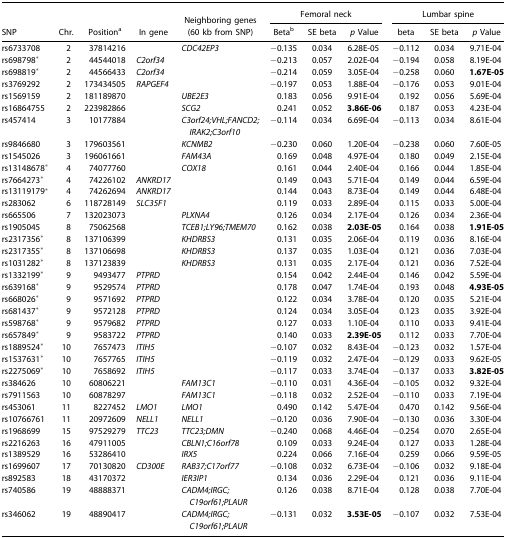
<table><thead><tr><td></td><td></td><td></td><td></td><td></td><td colspan="3"><b>Femoral neck</b></td><td colspan="3"><b>Lumbar spine</b></td></tr><tr><td><b>SNP</b></td><td><b>Chr.</b></td><td><b>Positiona</b></td><td><b>In gene</b></td><td><b>Neighboring genes (60 kb from SNP)</b></td><td><b>Betab</b></td><td><b>SE beta</b></td><td><b><i>p</i> Value</b></td><td><b>beta</b></td><td><b>SE beta</b></td><td><b><i>p</i> Value</b></td></tr></thead><tbody><tr><td>rs6733708</td><td>2</td><td>37814216</td><td></td><td><i>CDC42EP3</i></td><td>−0.135</td><td>0.034</td><td>6.28E-05</td><td>−0.112</td><td>0.034</td><td>9.71E-04</td></tr><tr><td>rs698798*</td><td>2</td><td>44544018</td><td><i>C2orf34</i></td><td></td><td>−0.213</td><td>0.057</td><td>2.02E-04</td><td>−0.194</td><td>0.058</td><td>8.19E-04</td></tr><tr><td>rs698819*</td><td>2</td><td>44566433</td><td><i>C2orf34</i></td><td></td><td>−0.214</td><td>0.059</td><td>3.05E-04</td><td>−0.258</td><td>0.060</td><td><b>1.67E-05</b></td></tr><tr><td>rs3769292</td><td>2</td><td>173434505</td><td><i>RAPGEF4</i></td><td></td><td>−0.197</td><td>0.053</td><td>1.88E-04</td><td>−0.176</td><td>0.053</td><td>9.01E-04</td></tr><tr><td>rs1569159</td><td>2</td><td>181189870</td><td></td><td><i>UBE2E3</i></td><td>0.183</td><td>0.056</td><td>9.91E-04</td><td>0.192</td><td>0.056</td><td>5.69E-04</td></tr><tr><td>rs16864755</td><td>2</td><td>223982866</td><td></td><td><i>SCG2</i></td><td>0.241</td><td>0.052</td><td><b>3.86E-06</b></td><td>0.187</td><td>0.053</td><td>4.23E-04</td></tr><tr><td>rs457414</td><td>3</td><td>10177884</td><td></td><td><i>C3orf24;VHL;FANCD2;IRAK2;C3orf10</i></td><td>−0.114</td><td>0.034</td><td>6.69E-04</td><td>−0.113</td><td>0.034</td><td>8.61E-04</td></tr><tr><td>rs9846680</td><td>3</td><td>179603561</td><td></td><td><i>KCNMB2</i></td><td>−0.230</td><td>0.060</td><td>1.20E-04</td><td>−0.238</td><td>0.060</td><td>7.60E-05</td></tr><tr><td>rs1545026</td><td>3</td><td>196061661</td><td></td><td><i>FAM43A</i></td><td>0.169</td><td>0.048</td><td>4.97E-04</td><td>0.180</td><td>0.049</td><td>2.15E-04</td></tr><tr><td>rs13148678*</td><td>4</td><td>74077760</td><td></td><td><i>COX18</i></td><td>0.161</td><td>0.044</td><td>2.40E-04</td><td>0.166</td><td>0.044</td><td>1.85E-04</td></tr><tr><td>rs7664273*</td><td>4</td><td>74226102</td><td><i>ANKRD17</i></td><td></td><td>0.149</td><td>0.043</td><td>5.71E-04</td><td>0.149</td><td>0.044</td><td>6.59E-04</td></tr><tr><td>rs13119179*</td><td>4</td><td>74262694</td><td><i>ANKRD17</i></td><td></td><td>0.144</td><td>0.043</td><td>8.73E-04</td><td>0.149</td><td>0.044</td><td>6.48E-04</td></tr><tr><td>rs283062</td><td>6</td><td>118728149</td><td><i>SLC35F1</i></td><td></td><td>0.119</td><td>0.033</td><td>2.89E-04</td><td>0.115</td><td>0.033</td><td>5.00E-04</td></tr><tr><td>rs665506</td><td>7</td><td>132023073</td><td></td><td><i>PLXNA4</i></td><td>0.126</td><td>0.034</td><td>2.17E-04</td><td>0.126</td><td>0.034</td><td>2.36E-04</td></tr><tr><td>rs1905045</td><td>8</td><td>75062568</td><td></td><td><i>TCEB1;LY96;TMEM70</i></td><td>0.162</td><td>0.038</td><td><b>2.03E-05</b></td><td>0.164</td><td>0.038</td><td><b>1.91E-05</b></td></tr><tr><td>rs2317356*</td><td>8</td><td>137106399</td><td></td><td><i>KHDRBS3</i></td><td>0.131</td><td>0.035</td><td>2.06E-04</td><td>0.119</td><td>0.036</td><td>8.16E-04</td></tr><tr><td>rs2317355*</td><td>8</td><td>137106698</td><td></td><td><i>KHDRBS3</i></td><td>0.137</td><td>0.035</td><td>1.03E-04</td><td>0.121</td><td>0.036</td><td>7.03E-04</td></tr><tr><td>rs1031282*</td><td>8</td><td>137123839</td><td></td><td><i>KHDRBS3</i></td><td>0.131</td><td>0.035</td><td>2.17E-04</td><td>0.121</td><td>0.036</td><td>7.52E-04</td></tr><tr><td>rs1332199*</td><td>9</td><td>9493477</td><td><i>PTPRD</i></td><td></td><td>0.154</td><td>0.042</td><td>2.44E-04</td><td>0.146</td><td>0.042</td><td>5.59E-04</td></tr><tr><td>rs639168*</td><td>9</td><td>9529574</td><td><i>PTPRD</i></td><td></td><td>0.178</td><td>0.047</td><td>1.74E-04</td><td>0.193</td><td>0.048</td><td><b>4.93E-05</b></td></tr><tr><td>rs668026*</td><td>9</td><td>9571692</td><td><i>PTPRD</i></td><td></td><td>0.122</td><td>0.034</td><td>3.78E-04</td><td>0.120</td><td>0.035</td><td>5.21E-04</td></tr><tr><td>rs681437*</td><td>9</td><td>9572128</td><td><i>PTPRD</i></td><td></td><td>0.124</td><td>0.034</td><td>3.05E-04</td><td>0.123</td><td>0.035</td><td>3.92E-04</td></tr><tr><td>rs598768*</td><td>9</td><td>9579682</td><td><i>PTPRD</i></td><td></td><td>0.127</td><td>0.033</td><td>1.10E-04</td><td>0.110</td><td>0.033</td><td>9.41E-04</td></tr><tr><td>rs657849*</td><td>9</td><td>9583722</td><td><i>PTPRD</i></td><td></td><td>0.140</td><td>0.033</td><td><b>2.39E-05</b></td><td>0.112</td><td>0.033</td><td>7.70E-04</td></tr><tr><td>rs1889524*</td><td>10</td><td>7657473</td><td><i>ITIH5</i></td><td></td><td>−0.107</td><td>0.032</td><td>8.43E-04</td><td>−0.123</td><td>0.032</td><td>1.57E-04</td></tr><tr><td>rs1537631*</td><td>10</td><td>7657765</td><td><i>ITIH5</i></td><td></td><td>−0.119</td><td>0.032</td><td>2.47E-04</td><td>−0.129</td><td>0.033</td><td>9.62E-05</td></tr><tr><td>rs2275069*</td><td>10</td><td>7658692</td><td><i>ITIH5</i></td><td></td><td>−0.117</td><td>0.033</td><td>3.74E-04</td><td>−0.137</td><td>0.033</td><td><b>3.82E-05</b></td></tr><tr><td>rs384626</td><td>10</td><td>60806221</td><td></td><td><i>FAM13C1</i></td><td>−0.110</td><td>0.031</td><td>4.36E-04</td><td>−0.105</td><td>0.032</td><td>9.32E-04</td></tr><tr><td>rs7911563</td><td>10</td><td>60878297</td><td></td><td><i>FAM13C1</i></td><td>−0.118</td><td>0.032</td><td>2.52E-04</td><td>−0.110</td><td>0.033</td><td>7.19E-04</td></tr><tr><td>rs453061</td><td>11</td><td>8227452</td><td><i>LMO1</i></td><td><i>LMO1</i></td><td>0.490</td><td>0.142</td><td>5.47E-04</td><td>0.470</td><td>0.142</td><td>9.56E-04</td></tr><tr><td>rs10766761</td><td>11</td><td>20972609</td><td><i>NELL1</i></td><td><i>NELL1</i></td><td>−0.120</td><td>0.036</td><td>7.90E-04</td><td>−0.130</td><td>0.036</td><td>3.30E-04</td></tr><tr><td>rs1968699</td><td>15</td><td>97529279</td><td><i>TTC23</i></td><td><i>TTC23;DMN</i></td><td>−0.240</td><td>0.068</td><td>4.46E-04</td><td>−0.254</td><td>0.070</td><td>2.65E-04</td></tr><tr><td>rs2216263</td><td>16</td><td>47911005</td><td></td><td><i>CBLN1;C16orf78</i></td><td>0.109</td><td>0.033</td><td>9.24E-04</td><td>0.127</td><td>0.033</td><td>1.28E-04</td></tr><tr><td>rs1389529</td><td>16</td><td>53286410</td><td></td><td><i>IRX5</i></td><td>0.224</td><td>0.066</td><td>7.16E-04</td><td>0.259</td><td>0.066</td><td>9.59E-05</td></tr><tr><td>rs1699607</td><td>17</td><td>70130820</td><td><i>CD300E</i></td><td><i>RAB37;C17orf77</i></td><td>−0.108</td><td>0.032</td><td>6.73E-04</td><td>−0.106</td><td>0.032</td><td>9.18E-04</td></tr><tr><td>rs892583</td><td>18</td><td>43170372</td><td></td><td><i>IER3IP1</i></td><td>0.134</td><td>0.036</td><td>2.29E-04</td><td>0.121</td><td>0.036</td><td>9.11E-04</td></tr><tr><td>rs740586</td><td>19</td><td>48888371</td><td></td><td><i>CADM4;IRGC;C19orf61;PLAUR</i></td><td>0.126</td><td>0.038</td><td>8.71E-04</td><td>0.128</td><td>0.038</td><td>7.70E-04</td></tr><tr><td>rs346062</td><td>19</td><td>48890417</td><td></td><td><i>CADM4;IRGC;C19orf61;PLAUR</i></td><td>−0.131</td><td>0.032</td><td><b>3.53E-05</b></td><td>−0.107</td><td>0.032</td><td>7.53E-04</td></tr></tbody></table>